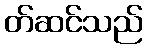
တ်ဆင်သည်